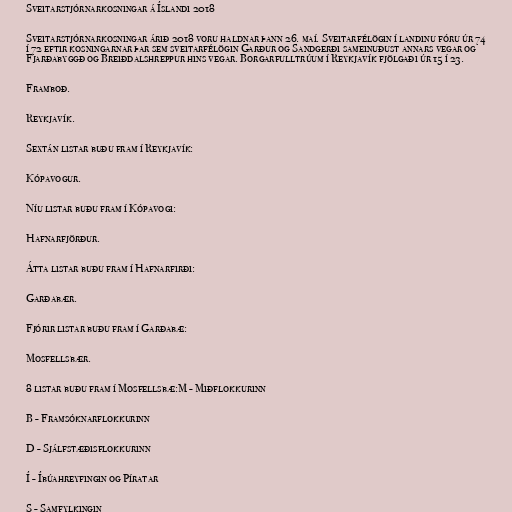
Sveitarstjórnarkosningar á Íslandi 2018

Sveitarstjórnarkosningar árið 2018 voru haldnar þann 26. maí. Sveitarfélögin í landinu fóru úr 74
í 72 eftir kosningarnar þar sem sveitarfélögin Garður og Sandgerði sameinuðust annars vegar og
Fjarðabyggð og Breiðdalshreppur hins vegar. Borgarfulltrúum í Reykjavík fjölgaði úr 15 í 23.

Framboð.

Reykjavík.

Sextán listar buðu fram í Reykjavík:

Kópavogur.

Níu listar buðu fram í Kópavogi:

Hafnarfjörður.

Átta listar buðu fram í Hafnarfirði:

Garðabær.

Fjórir listar buðu fram í Garðabæ:

Mosfellsbær.

8 listar buðu fram í Mosfellsbæ:M - Miðflokkurinn

B - Framsóknarflokkurinn

D - Sjálfstæðisflokkurinn

Í - Íbúahreyfingin og Píratar

S - Samfylkingin